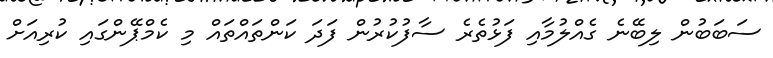
ސަބަބުން ލިބޭނެ ގެއްލުމާއި ފަޅުތެރެ ސާފުކުރުން ފަދަ ކަންތައްތައް މި ކެމްޕޭންގައި ކުރިއަށް